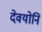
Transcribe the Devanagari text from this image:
देवयोनि